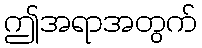
ဤအရာအတွက်